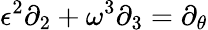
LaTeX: \epsilon^{2}\partial_{2}+\omega^{3}\partial_{3}=\partial_{\theta}